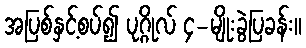
အပြစ်နှင့်စပ်၍ ပုဂ္ဂိုလ် ၄-မျိုးခွဲပြခန်း။